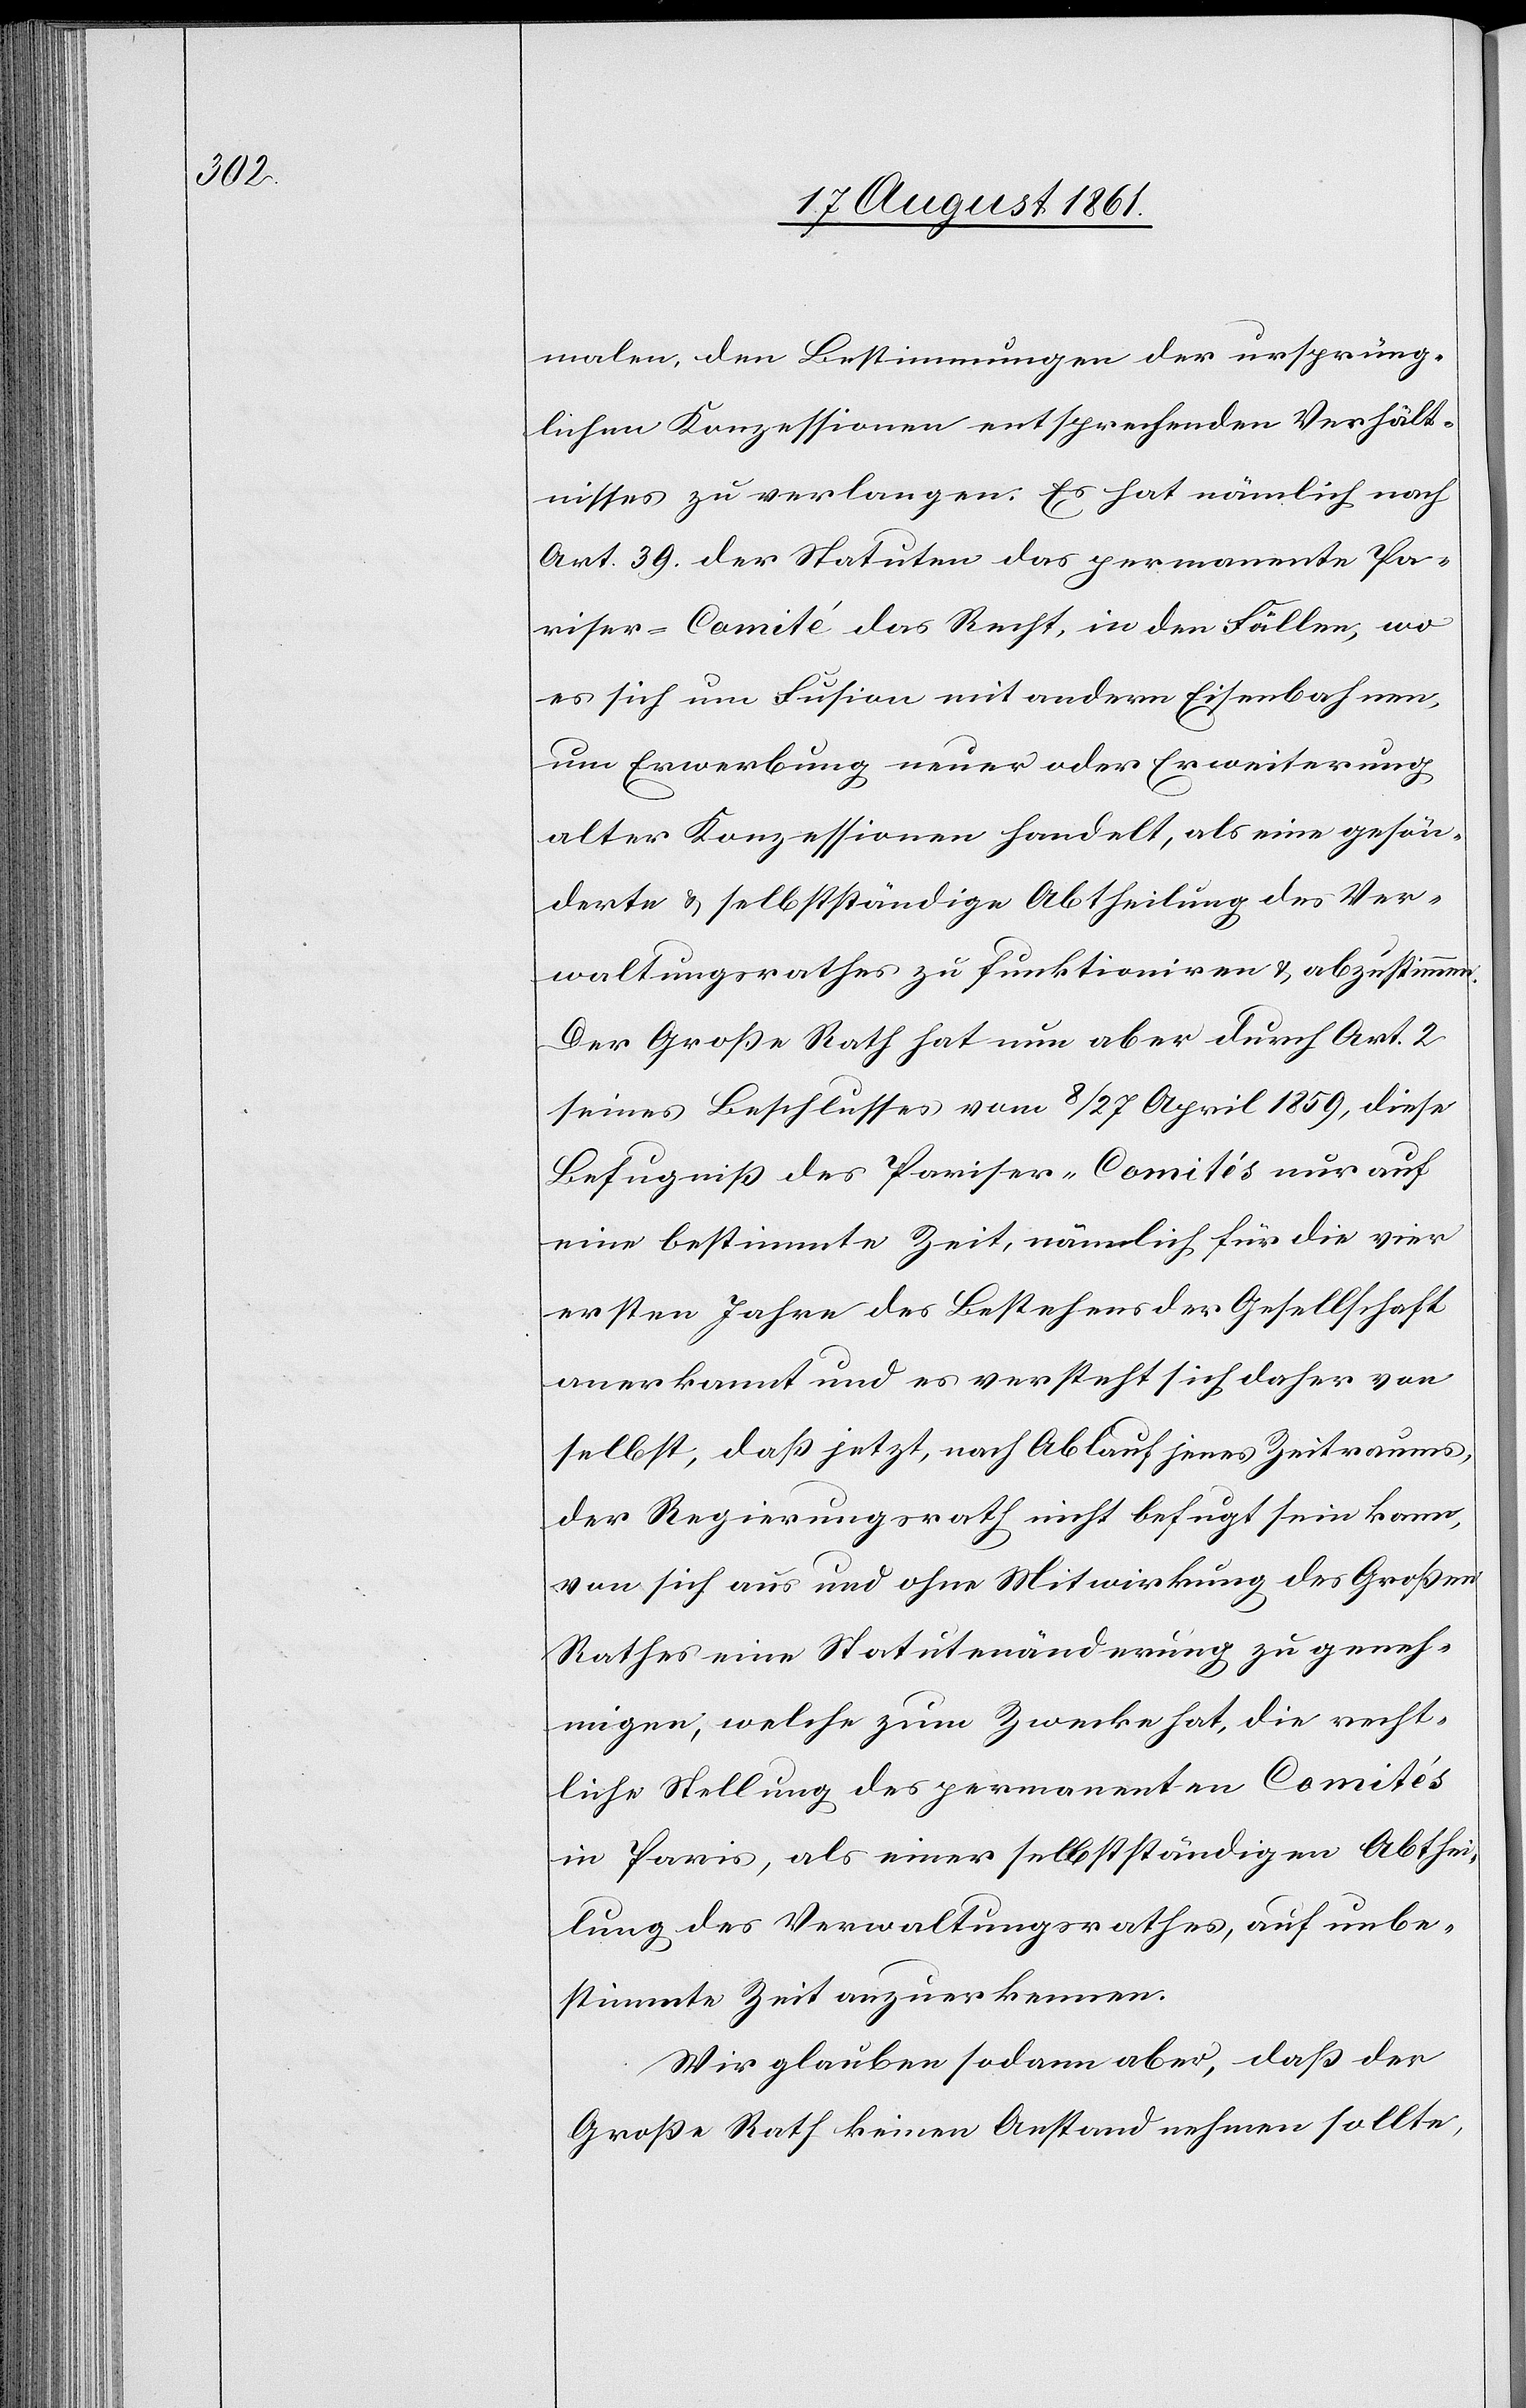
malen, den Bestimmungen der ursprüng¬
lichen Konzession entsprechenden Verhält¬
nisses zu verlangen. Es hat nämlich nach
Art. 39 der Statuten das permanente Pa¬
riser-Comité das Recht, in den Fällen, wo
es sich um Fusion mit andern Eisenbahnen,
um Erwerbung neuer oder Erweiterung
alter Konzessionen handelt, als eine gesön¬
derte u. selbstständige Abtheilung des Ver¬
waltungsrathes zu funktioniren u. abzustimmen.
Der Große Rath hat nun aber durch Art. 2
seines Beschlusses vom 8/27 April 1859, diese
Befugniß des Pariser-Comités nur auf
eine bestimmte Zeit, nämlich für die vier
ersten Jahre des Bestehens der Gesellschaft
anerkannt und es versteht sich daher von
selbst, daß jetzt, nach Ablauf jenes Zeitraums,
der Regierungsrath nicht befugt sein kann,
von sich aus und ohne Mitwirkung des Großen
Rathes eine Statutenänderung zu geneh¬
migen, welche zum Zwecke hat, die recht¬
liche Stellung des permanenten Comités
in Paris, als einer selbstständigen Abthei¬
lung des Verwaltungsrathes, auf unbe¬
stimmte Zeit anzuerkennen.
Wir glauben sodann aber, daß der
Große Rath keinen Anstand nehmen sollte,